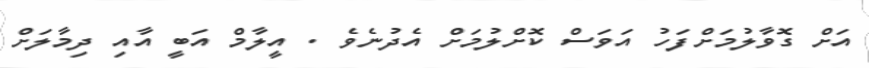
އަށް ގޮވާލުމަށްފަހު އަވަސް ކޮށްލުމަށް އެދުނެވެ . އީލާމް އަބީ އާއި ދިމާލަށް